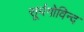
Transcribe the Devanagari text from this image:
सूर्यगोविन्द